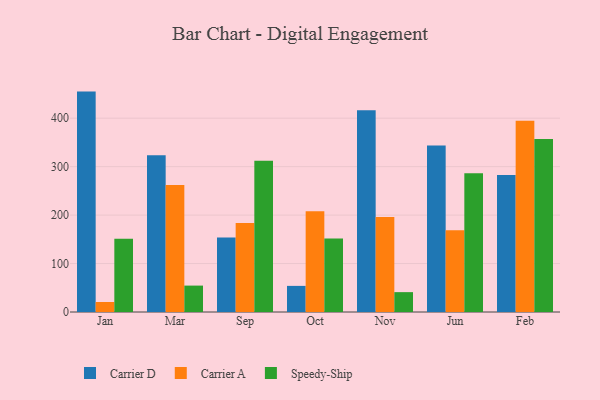
{"axis": {"x": "Month", "y": "Temperature (°C)"}, "legend": ["Carrier A", "Carrier D", "Speedy-Ship"], "data": [{"x": "Jan", "y": 454.9, "type": "Carrier D"}, {"x": "Jan", "y": 20.6, "type": "Carrier A"}, {"x": "Jan", "y": 151.1, "type": "Speedy-Ship"}, {"x": "Mar", "y": 323.6, "type": "Carrier D"}, {"x": "Mar", "y": 262.1, "type": "Carrier A"}, {"x": "Mar", "y": 54.5, "type": "Speedy-Ship"}, {"x": "Sep", "y": 153.7, "type": "Carrier D"}, {"x": "Sep", "y": 183.6, "type": "Carrier A"}, {"x": "Sep", "y": 312.3, "type": "Speedy-Ship"}, {"x": "Oct", "y": 53.9, "type": "Carrier D"}, {"x": "Oct", "y": 207.8, "type": "Carrier A"}, {"x": "Oct", "y": 151.6, "type": "Speedy-Ship"}, {"x": "Nov", "y": 416.2, "type": "Carrier D"}, {"x": "Nov", "y": 195.9, "type": "Carrier A"}, {"x": "Nov", "y": 41.0, "type": "Speedy-Ship"}, {"x": "Jun", "y": 343.5, "type": "Carrier D"}, {"x": "Jun", "y": 168.5, "type": "Carrier A"}, {"x": "Jun", "y": 286.3, "type": "Speedy-Ship"}, {"x": "Feb", "y": 283.0, "type": "Carrier D"}, {"x": "Feb", "y": 394.8, "type": "Carrier A"}, {"x": "Feb", "y": 356.9, "type": "Speedy-Ship"}]}